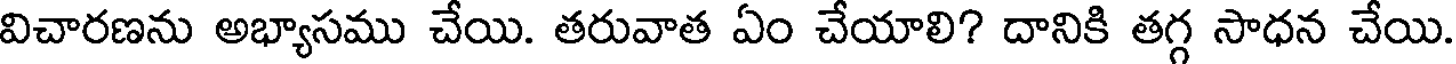
విచారణను అభ్యాసము చేయి. తరువాత ఏం చేయాలి? దానికి తగ్గ సాధన చేయి